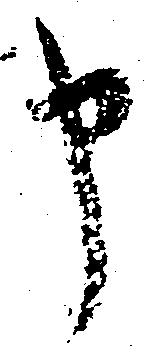
申